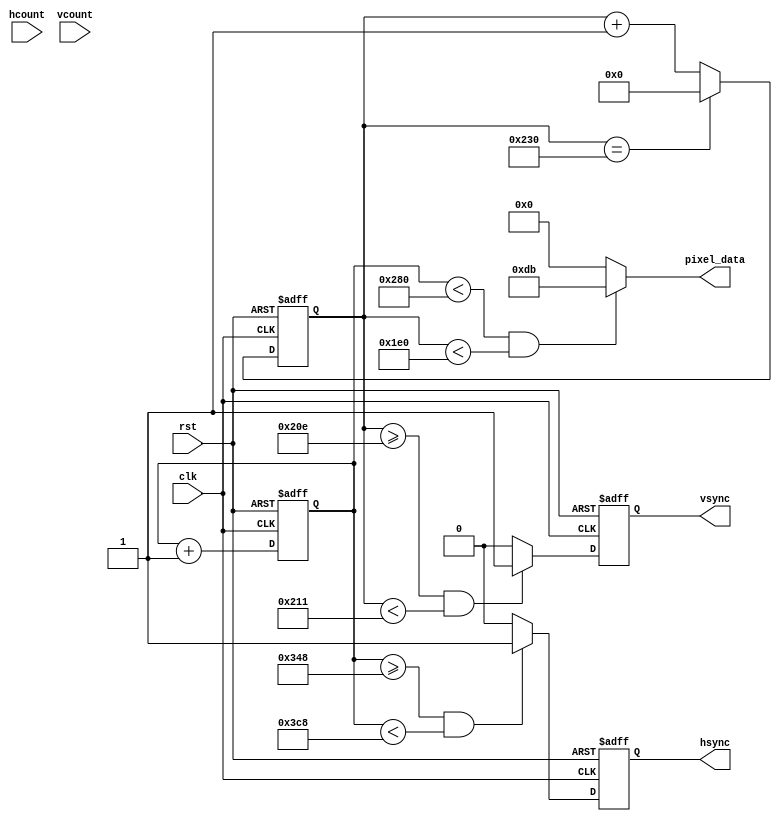
module vga_controller (
    input wire clk,
    input wire rst,
    input wire [9:0] hcount,
    input wire [9:0] vcount,
    output wire hsync,
    output wire vsync,
    output wire [7:0] pixel_data
);

// define parameters for VGA timing
parameter HD_DISPLAY = 800, HD_FRONT_PORCH = 40, HD_SYNC_WIDTH = 128, HD_BACK_PORCH = 88;
parameter VD_DISPLAY = 525, VD_FRONT_PORCH = 1, VD_SYNC_WIDTH = 3, VD_BACK_PORCH = 32;

// define registers for storing current pixel coordinates, color info, and sync signals
reg [9:0] current_hcount, current_vcount;
reg [7:0] current_color;
reg hsync_reg, vsync_reg;

// horizontal synchronization module
always @ (posedge clk or posedge rst) begin
    if (rst) begin
        current_hcount <= 0;
        hsync_reg <= 0;
    end else begin
        if (current_hcount >= HD_DISPLAY + HD_FRONT_PORCH 
            && current_hcount < HD_DISPLAY + HD_FRONT_PORCH + HD_SYNC_WIDTH) begin
            hsync_reg <= 1;
        end else begin
            hsync_reg <= 0;
        end
        
        if (current_hcount == HD_DISPLAY + HD_FRONT_PORCH + HD_SYNC_WIDTH + HD_BACK_PORCH - 1) begin
            current_hcount <= 0;
        end else begin
            current_hcount <= current_hcount + 1;
        end
    end
end

// vertical synchronization module
always @ (posedge clk or posedge rst) begin
    if (rst) begin
        current_vcount <= 0;
        vsync_reg <= 0;
    end else begin
        if (current_vcount >= VD_DISPLAY + VD_FRONT_PORCH
            && current_vcount < VD_DISPLAY + VD_FRONT_PORCH + VD_SYNC_WIDTH) begin
            vsync_reg <= 1;
        end else begin
            vsync_reg <= 0;
        end
        
        if (current_vcount == VD_DISPLAY + VD_FRONT_PORCH + VD_SYNC_WIDTH + VD_BACK_PORCH - 1) begin
            current_vcount <= 0;
        end else begin
            current_vcount <= current_vcount + 1;
        end
    end
end

// determine pixel color based on current coordinates
always @* begin
    if (current_hcount < 640 && current_vcount < 480) begin
        // set pixel color based on desired logic
        current_color = 8'b11011011; // example color (purple)
    end else begin
        current_color = 8'b00000000; // default color (black)
    end
end

// output pixel data to VGA display
assign pixel_data = current_color;

// assign synchronized signals
assign hsync = hsync_reg;
assign vsync = vsync_reg;

endmodule